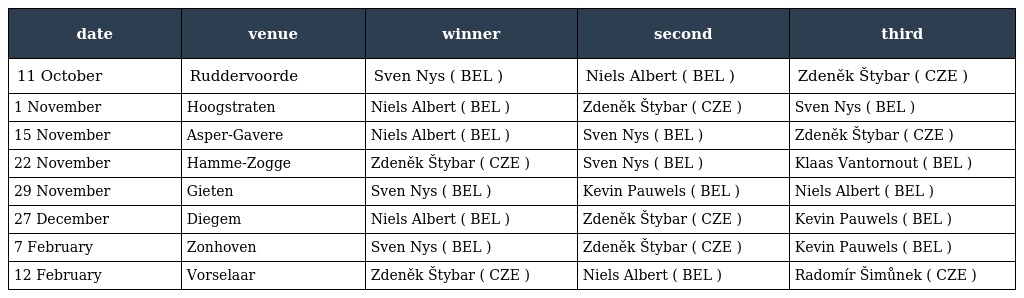
| date | venue | winner | second | third |
 | --- | --- | --- | --- | --- |
 | 11 October | Ruddervoorde | Sven Nys ( BEL ) | Niels Albert ( BEL ) | Zdeněk Štybar ( CZE ) |
 | 1 November | Hoogstraten | Niels Albert ( BEL ) | Zdeněk Štybar ( CZE ) | Sven Nys ( BEL ) |
 | 15 November | Asper-Gavere | Niels Albert ( BEL ) | Sven Nys ( BEL ) | Zdeněk Štybar ( CZE ) |
 | 22 November | Hamme-Zogge | Zdeněk Štybar ( CZE ) | Sven Nys ( BEL ) | Klaas Vantornout ( BEL ) |
 | 29 November | Gieten | Sven Nys ( BEL ) | Kevin Pauwels ( BEL ) | Niels Albert ( BEL ) |
 | 27 December | Diegem | Niels Albert ( BEL ) | Zdeněk Štybar ( CZE ) | Kevin Pauwels ( BEL ) |
 | 7 February | Zonhoven | Sven Nys ( BEL ) | Zdeněk Štybar ( CZE ) | Kevin Pauwels ( BEL ) |
 | 12 February | Vorselaar | Zdeněk Štybar ( CZE ) | Niels Albert ( BEL ) | Radomír Šimůnek ( CZE ) |